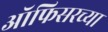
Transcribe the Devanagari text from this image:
ऑफिसरच्या